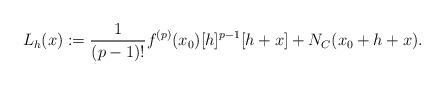
LaTeX: \begin{align*} L_h(x):=\frac{1}{(p-1)!} f^{(p)}(x_0)[h]^{p-1}[h+x]+N_C(x_0+h+x).\end{align*}